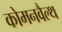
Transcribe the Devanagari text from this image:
कोमनवैल्थ